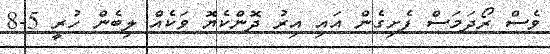
ވެސް ރޯދަމަސް ފެށިގެން އައި އިރު ދޮންކެޔޮ ވަކެއް ލިބެން ހުރީ 5-8